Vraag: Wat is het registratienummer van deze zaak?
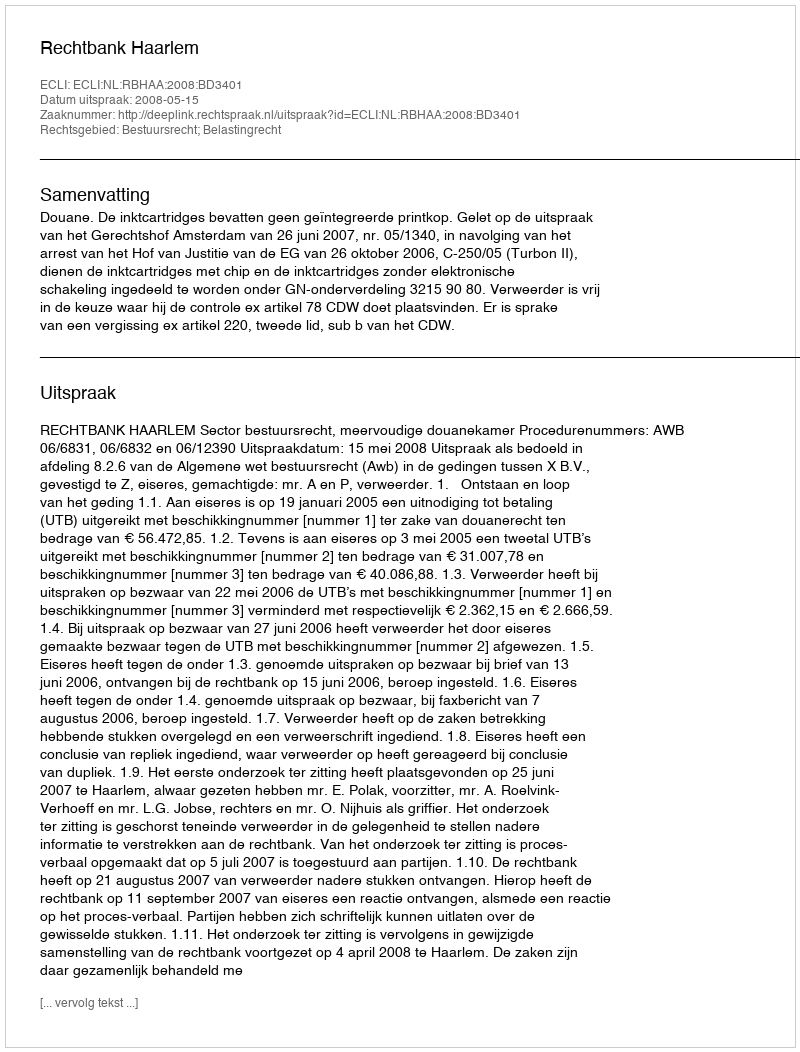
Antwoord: http://deeplink.rechtspraak.nl/uitspraak?id=ECLI:NL:RBHAA:2008:BD3401